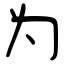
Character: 为